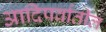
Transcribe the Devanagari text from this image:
आदिपर्वातील